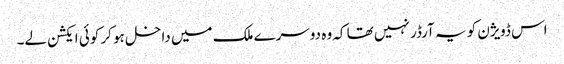
اس ڈویژن کو یہ آرڈر نہیں تھا کہ وہ دوسرے ملک میں داخل ہو کر کوئی ایکشن لے۔